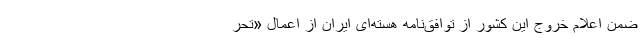
ضمن اعلام خروج این کشور از توافق‌نامه هسته‌ای ایران از اعمال «تحر